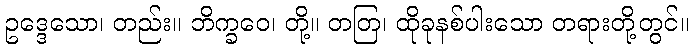
ဥဒ္ဒေသော၊ တည်း။ ဘိက္ခဝေ၊ တို့။ တတြ၊ ထိုခုနစ်ပါးသော တရားတို့တွင်။